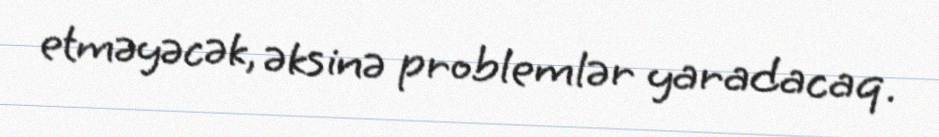
etməyəcək, əksinə problemlər yaradacaq.